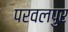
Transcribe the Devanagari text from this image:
परवलपुर